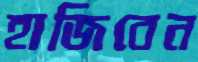
হাজিবেন